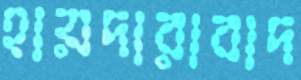
হায়দারাবাদ